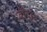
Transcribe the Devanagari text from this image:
डॉबार